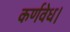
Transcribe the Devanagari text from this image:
कर्णवेध।